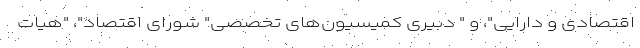
اقتصادی و دارایی"، و " دبیری کمیسیون‌های تخصصی" شورای اقتصاد"، "هیات